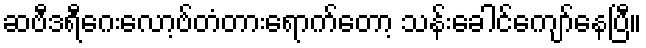
ဆဗီဒရီဂေးလော့ဗ်တံတားရောက်တော့ သန်းခေါင်ကျော်နေပြီ။